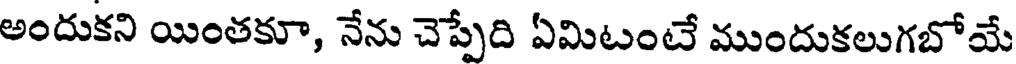
అందుకని యింతకూ, నేను చెప్పేది ఏమిటంటే ముందుకలుగబోయే